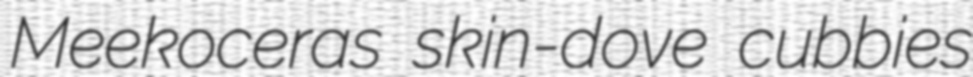
Meekoceras skin-dove cubbies